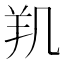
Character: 𰭗